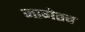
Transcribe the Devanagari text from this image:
जागेतच